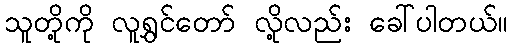
သူတို့ကို လူရွှင်တော် လို့လည်း ခေါ်ပါတယ်။